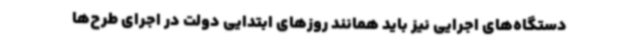
دستگاه‌های اجرایی نیز باید همانند روزهای ابتدایی دولت در اجرای طرح‌ها